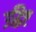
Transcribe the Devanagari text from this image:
उद्धिष्ट